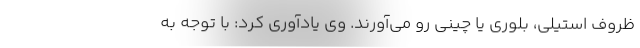
ظروف استیلی، بلوری یا چینی رو می‌آورند. وی یادآوری کرد: با توجه به